Physiological action of certain drugs in tablet form - Number 52A
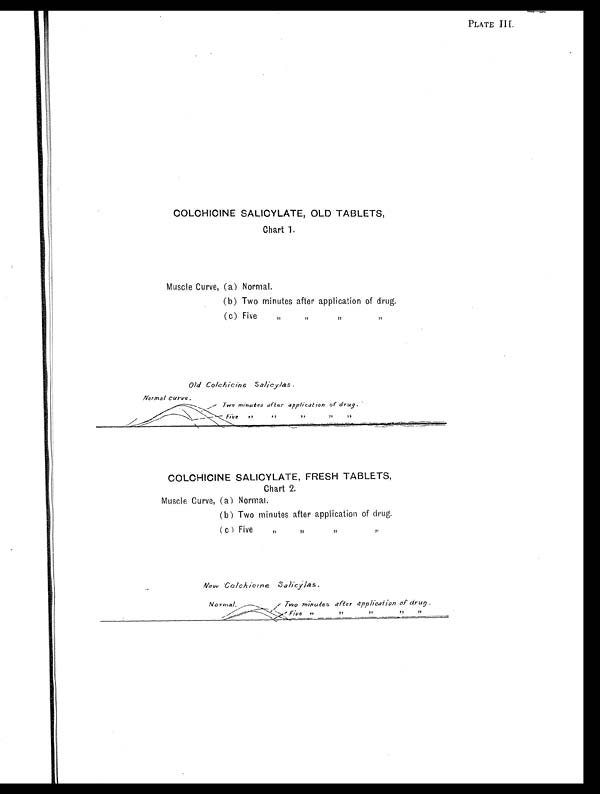
PLATE III.
COLCHICINE SALICYLATE, OLD TABLETS,
Chart 1.
Muscle Curve, (a) Normal.
(b) Two minutes after application of drug.
(c) Five ,, ,, ,, ,,
Old Colchicine salicylas.
COLCHICINE SALICYLATE, FRESH TABLETS,
Chart 2.
Muscle Curve, (a) Normal.
(b) Two minutes after application of drug.
(c) Five „ „ ,, ,,
New Colchicine Salicylas.